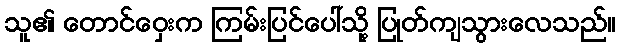
သူ၏ တောင်ဝှေးက ကြမ်းပြင်ပေါ်သို့ ပြုတ်ကျသွားလေသည်။